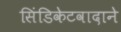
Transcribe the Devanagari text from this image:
सिंडिकेटवादाने